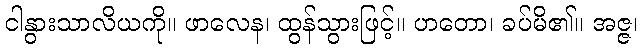
ငါနွားသာလိယကို။ ဖာလေန၊ ထွန်သွားဖြင့်။ ဟတော၊ ခပ်မိ၏။ အဇ္ဇ၊